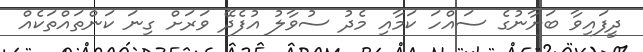
ދީފައިވާ ބަޔާނުގެ ސައްހަ ކަމާއި މެދު ސުވާލު އުފެދޭ ވަރަށް ގިނަ ކަންތައްތަކެއް